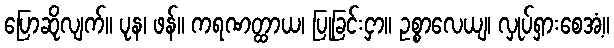
ပြောဆိုလျက်။ ပုန၊ ဖန်။ ကရဏတ္ထာယ၊ ပြုခြင်းငှာ။ ဥစ္စာလေယျ၊ လှုပ်ရှားစေအံ့။